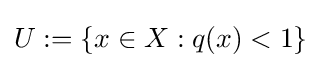
{\textstyle U:=\{x\in X:q(x)<1\}}